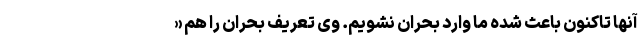
آنها تاکنون باعث شده ما وارد بحران نشویم. وی تعریف بحران را هم «